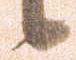
候